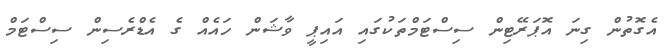
އެގޮތުން ގިނަ އޮޕަރޭޓިން ސިސްޓަމްތަކުގައި އައިޕީ ވާޝަން ހައެއް ގެ އެޑްރެސިން ސިސްޓަމް